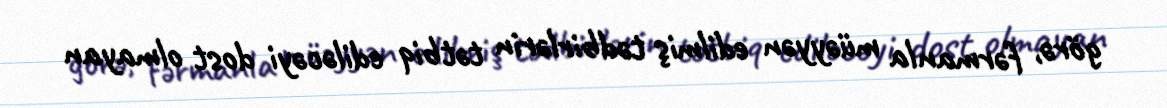
görə, fərmanla müəyyən edilmiş tədbirlərin tətbiq ediləcəyi dost olmayan